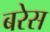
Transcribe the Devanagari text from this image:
बरेस